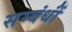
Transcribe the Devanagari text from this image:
सम्बंधोंं